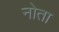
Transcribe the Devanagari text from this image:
नोता